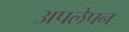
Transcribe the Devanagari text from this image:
अपलेपन